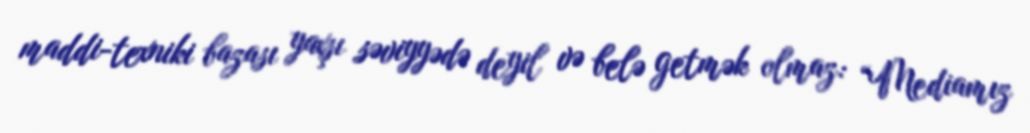
maddi-texniki bazası yaxşı səviyyədə deyil və belə getmək olmaz: “Mediamız